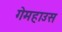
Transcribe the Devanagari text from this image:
गेमहाउस